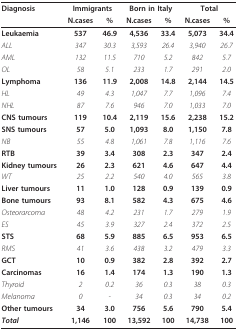
<table><thead><tr><td><b>Diagnosis</b></td><td colspan="2"><b>Immigrants</b></td><td colspan="2"><b>Born in Italy</b></td><td colspan="2"><b>Total</b></td></tr><tr><td></td><td><b>N.cases</b></td><td><b>%</b></td><td><b>N.cases</b></td><td><b>%</b></td><td><b>N.cases</b></td><td><b>%</b></td></tr></thead><tbody><tr><td><b>Leukaemia</b></td><td><b>537</b></td><td><b>46.9</b></td><td><b>4,536</b></td><td><b>33.4</b></td><td><b>5,073</b></td><td><b>34.4</b></td></tr><tr><td><i>ALL</i></td><td><i>347</i></td><td><i>30.3</i></td><td><i>3,593</i></td><td><i>26.4</i></td><td><i>3,940</i></td><td><i>26.7</i></td></tr><tr><td><i>AML</i></td><td><i>132</i></td><td><i>11.5</i></td><td><i>710</i></td><td><i>5.2</i></td><td><i>842</i></td><td><i>5.7</i></td></tr><tr><td><i>OL</i></td><td><i>58</i></td><td><i>5.1</i></td><td><i>233</i></td><td><i>1.7</i></td><td><i>291</i></td><td><i>2.0</i></td></tr><tr><td><b>Lymphoma</b></td><td><b>136</b></td><td><b>11.9</b></td><td><b>2,008</b></td><td><b>14.8</b></td><td><b>2,144</b></td><td><b>14.5</b></td></tr><tr><td><i>HL</i></td><td><i>49</i></td><td><i>4.3</i></td><td><i>1,047</i></td><td><i>7.7</i></td><td><i>1,096</i></td><td><i>7.4</i></td></tr><tr><td><i>NHL</i></td><td><i>87</i></td><td><i>7.6</i></td><td><i>946</i></td><td><i>7.0</i></td><td><i>1,033</i></td><td><i>7.0</i></td></tr><tr><td><b>CNS tumours</b></td><td><b>119</b></td><td><b>10.4</b></td><td><b>2,119</b></td><td><b>15.6</b></td><td><b>2,238</b></td><td><b>15.2</b></td></tr><tr><td><b>SNS tumours</b></td><td><b>57</b></td><td><b>5.0</b></td><td><b>1,093</b></td><td><b>8.0</b></td><td><b>1,150</b></td><td><b>7.8</b></td></tr><tr><td><i>NB</i></td><td><i>55</i></td><td><i>4.8</i></td><td><i>1,061</i></td><td><i>7.8</i></td><td><i>1,116</i></td><td><i>7.6</i></td></tr><tr><td><b>RTB</b></td><td><b>39</b></td><td><b>3.4</b></td><td><b>308</b></td><td><b>2.3</b></td><td><b>347</b></td><td><b>2.4</b></td></tr><tr><td><b>Kidney tumours</b></td><td><b>26</b></td><td><b>2.3</b></td><td><b>621</b></td><td><b>4.6</b></td><td><b>647</b></td><td><b>4.4</b></td></tr><tr><td><i>WT</i></td><td><i>25</i></td><td><i>2.2</i></td><td><i>540</i></td><td><i>4.0</i></td><td><i>565</i></td><td><i>3.8</i></td></tr><tr><td><b>Liver tumours</b></td><td><b>11</b></td><td><b>1.0</b></td><td><b>128</b></td><td><b>0.9</b></td><td><b>139</b></td><td><b>0.9</b></td></tr><tr><td><b>Bone tumours</b></td><td><b>93</b></td><td><b>8.1</b></td><td><b>582</b></td><td><b>4.3</b></td><td><b>675</b></td><td><b>4.6</b></td></tr><tr><td><i>Osteorarcoma</i></td><td><i>48</i></td><td><i>4.2</i></td><td><i>231</i></td><td><i>1.7</i></td><td><i>279</i></td><td><i>1.9</i></td></tr><tr><td><i>ES</i></td><td><i>45</i></td><td><i>3.9</i></td><td><i>327</i></td><td><i>2.4</i></td><td><i>372</i></td><td><i>2.5</i></td></tr><tr><td><b>STS</b></td><td><b>68</b></td><td><b>5.9</b></td><td><b>885</b></td><td><b>6.5</b></td><td><b>953</b></td><td><b>6.5</b></td></tr><tr><td><i>RMS</i></td><td><i>41</i></td><td><i>3.6</i></td><td><i>438</i></td><td><i>3.2</i></td><td><i>479</i></td><td><i>3.3</i></td></tr><tr><td><b>GCT</b></td><td><b>10</b></td><td><b>0.9</b></td><td><b>382</b></td><td><b>2.8</b></td><td><b>392</b></td><td><b>2.7</b></td></tr><tr><td><b>Carcinomas</b></td><td><b>16</b></td><td><b>1.4</b></td><td><b>174</b></td><td><b>1.3</b></td><td><b>190</b></td><td><b>1.3</b></td></tr><tr><td><i>Thyroid</i></td><td><i>2</i></td><td><i>0.2</i></td><td><i>36</i></td><td><i>0.3</i></td><td><i>38</i></td><td><i>0.3</i></td></tr><tr><td><i>Melanoma</i></td><td><i>0</i></td><td><i>-</i></td><td><i>34</i></td><td><i>0.3</i></td><td><i>34</i></td><td><i>0.2</i></td></tr><tr><td><b>Other tumours</b></td><td><b>34</b></td><td><b>3.0</b></td><td><b>756</b></td><td><b>5.6</b></td><td><b>790</b></td><td><b>5.4</b></td></tr><tr><td><b><i>Total</i></b></td><td><b>1,146</b></td><td><b>100</b></td><td><b>13,592</b></td><td><b>100</b></td><td><b>14,738</b></td><td><b>100</b></td></tr></tbody></table>